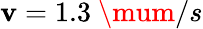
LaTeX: \mathbf{v}=1.3~\mum/s